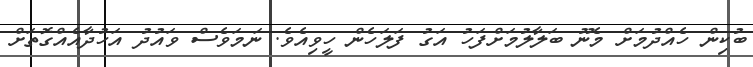
ބުކިން ހެއްްދުމަށް މެނޫ ބަލާލުމަށްފަހު އަގު ފަލަހެން ހީވިއެވެ. ނަމަވެސް ވައުދު އަހުދާއެއްގޮތަށް